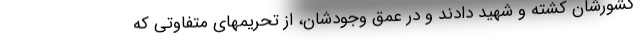
کشورشان کشته و شهید دادند و در عمق وجودشان، از تحریمهای متفاوتی که